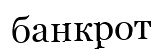
банкрот